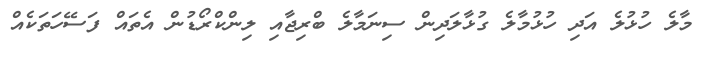
މާލެ ހުޅުލެ އަދި ހުޅުމާލެ ގުޅާލަދިން ސިނަމާލެ ބްރިޖާއި ލިންކްރޯޑުން އެތައް ފަސޭހަތަކެއް